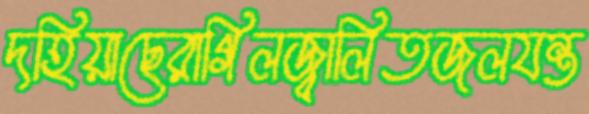
দহিয়াছেরাগিলজ্বালিতজলযন্ত